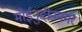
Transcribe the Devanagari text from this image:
मोईनुद्दीननगर